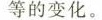
等的变化。